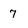
Character: 7